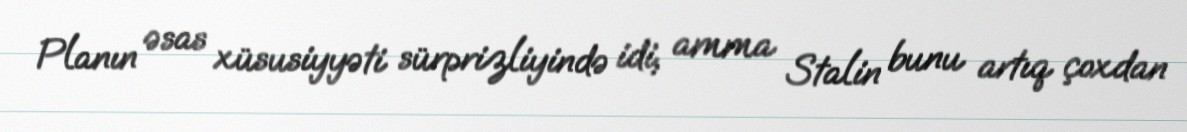
Planın əsas xüsusiyyəti sürprizliyində idi, amma Stalin bunu artıq çoxdan